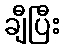
ချီပြီး